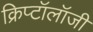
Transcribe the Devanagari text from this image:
क्रिप्टॉलॉजी